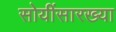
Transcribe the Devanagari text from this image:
सोयींसारख्या